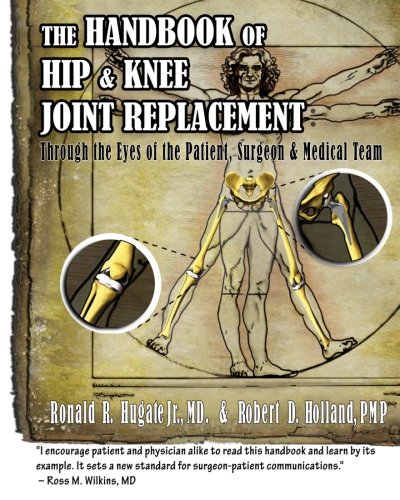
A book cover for Handbook of Hip & Knee Joint Replacement: Through the Eyes of the Patient, Surgeon & Medical Team; Ronald R. Hugate Jr.; Medical Books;